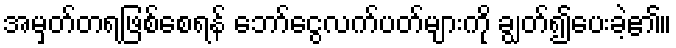
အမှတ်တရဖြစ်စေရန် ဘော်ငွေလက်ပတ်များကို ချွတ်၍ပေးခဲ့၏။